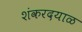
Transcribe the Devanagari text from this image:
शंकरदयाळ